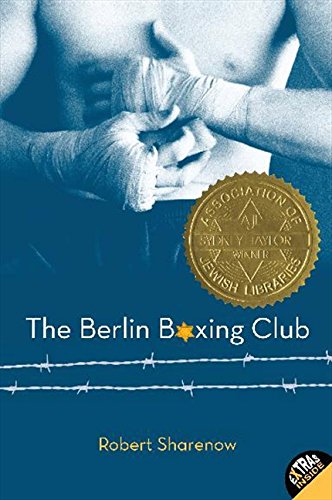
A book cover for The Berlin Boxing Club; Robert Sharenow; Teen & Young Adult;